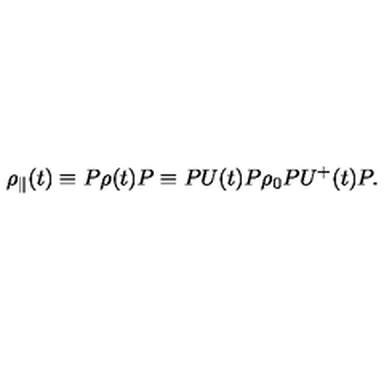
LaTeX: { \rho } _ { \parallel } ( t ) \equiv P \rho ( t ) P \equiv P U ( t ) P { \rho } _ { 0 } P U ^ { + } ( t ) P .